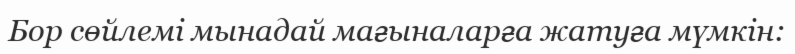
Бор сөйлемі мынадай мағыналарға жатуға мүмкін: